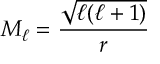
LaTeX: M _ { \ell } = \frac { \sqrt { \ell ( \ell + 1 ) } } { r }